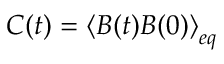
C ( t ) = { { \left\langle B ( t ) B ( 0 ) \right\rangle } _ { e q } }